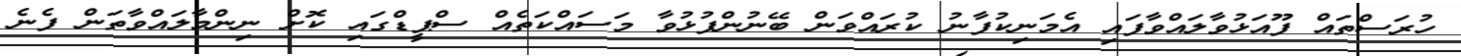
ހުރަސްތައް ފޫއަޅުވާލައްވާފައި އެމަނިކުފާނު ކުރައްވަން ބޭނުންފުޅުވާ މަސައްކަތެއް ސްޕީޑްގައި ކޮށް ނިންމާލައްވާތަން ފެނެ